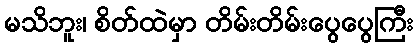
မသိဘူး၊ စိတ်ထဲမှာ တိမ်းတိမ်းပွေပွေကြီး